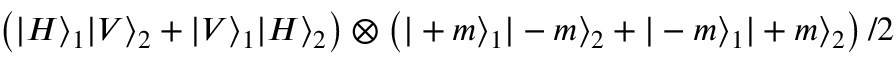
\left( | H \rangle _ { 1 } | V \rangle _ { 2 } + | V \rangle _ { 1 } | H \rangle _ { 2 } \right) \otimes \left( | + m \rangle _ { 1 } | - m \rangle _ { 2 } + | - m \rangle _ { 1 } | + m \rangle _ { 2 } \right) / 2